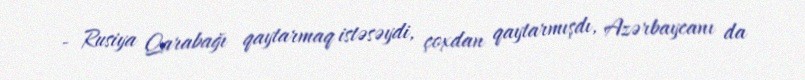
- Rusiya Qarabağı qaytarmaq istəsəydi, çoxdan qaytarmışdı, Azərbaycanı da